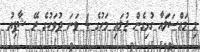
މި މައްސަލައާ ގުޅިގެން ޖުލައި މަހުގެ 4 ވަނަ ދުވަހުގެ ރޭ ޝާފިއު